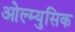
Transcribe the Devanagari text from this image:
ओल्म्युसिक